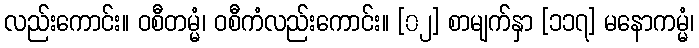
လည်းကောင်း။ ဝစီတမ္မံ၊ ဝစီကံလည်းကောင်း။ [၀၂] စာမျက်နှာ [၁၁၇] မနောကမ္မံ၊